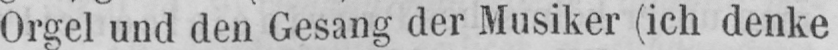
Orgel und den Gesang der Musiker (ich denke